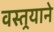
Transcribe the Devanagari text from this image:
वस्तर्‍याने